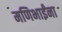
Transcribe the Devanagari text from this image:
मणिभाईंना